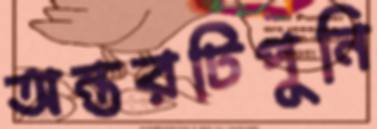
অন্তরটিপুনি